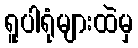
ရူပါရုံများထဲမှ